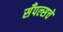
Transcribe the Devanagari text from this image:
सँपल्सचे